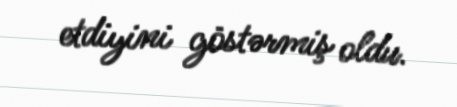
etdiyini göstərmiş oldu.